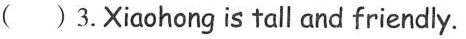
( )3.Xiaohong is tall and friendly.